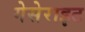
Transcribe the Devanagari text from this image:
गेसेराइट